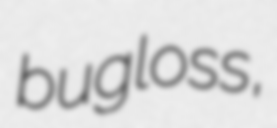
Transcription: bugloss,